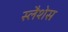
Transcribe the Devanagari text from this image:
स्लैशेस